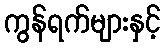
ကွန်ရက်များနှင့်